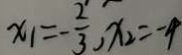
x _ { 1 } = - \frac { 2 } { 3 } , x _ { 2 } = - 4